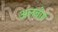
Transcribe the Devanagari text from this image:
अलबोर्ग